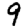
Digit: 9